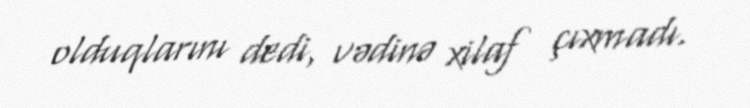
olduqlarını dedi, vədinə xilaf çıxmadı.